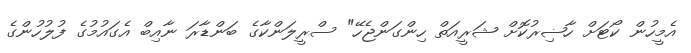
އެމީހުން ކޯޓަށް ހާޟިރުކޮށް ޝަރީއަތް ހިންގަންޖެހޭ" ސްރީލަންކާގެ ބަންޑާރަ ނާއިބް އެގައުމުގެ ފުލުހުންގެ